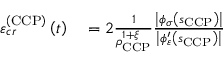
\begin{array} { r l } { \varepsilon _ { c r } ^ { \left( \mathrm { C C P } \right) } \left( t \right) } & { { } = 2 \frac { 1 } { \rho _ { \scriptscriptstyle { \mathrm { C C P } } } ^ { 1 + \xi } } \frac { \left\vert \phi _ { \sigma } \left( s _ { \scriptscriptstyle { \mathrm { C C P } } } \right) \right\vert } { \left\vert \phi _ { \varepsilon } ^ { \prime } \left( s _ { \scriptscriptstyle { \mathrm { C C P } } } \right) \right\vert } } \end{array}